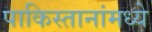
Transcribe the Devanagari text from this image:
पाकिस्तानांमध्ये